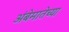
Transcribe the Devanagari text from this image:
अंबेमातेच्या